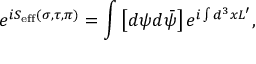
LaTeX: e ^ { i S _ { \mathrm { e f f } } ( \sigma , \tau , \pi ) } = \int \left[ d \psi d \bar { \psi } \right] e ^ { i \int d ^ { 3 } x { \cal L } ^ { \prime } } ,